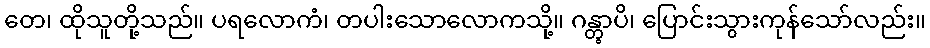
တေ၊ ထိုသူတို့သည်။ ပရလောကံ၊ တပါးသောလောကသို့။ ဂန္တွာပိ၊ ပြောင်းသွားကုန်သော်လည်း။